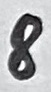
Text: 8